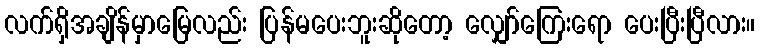
လက်ရှိအချိန်မှာမြေလည်း ပြန်မပေးဘူးဆိုတော့ လျှော်ကြေးရော ပေးပြီးပြီလား။